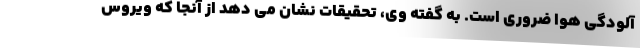
آلودگی هوا ضروری است. به گفته وی، تحقیقات نشان می دهد از آنجا که ویروس